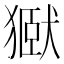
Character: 㺇